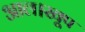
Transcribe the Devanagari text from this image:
आल।खूप